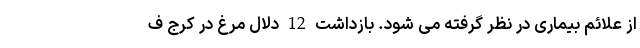
از علائم بیماری در نظر گرفته می شود. بازداشت 12 دلال مرغ در کرج ف